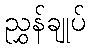
ညွှန်ချုပ်